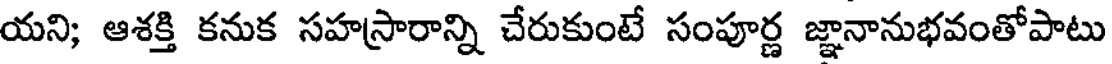
యని; ఆశక్తి కనుక సహస్రారాన్ని చేరుకుంటే సంపూర్ణ జ్ఞానానుభవంతోపాటు